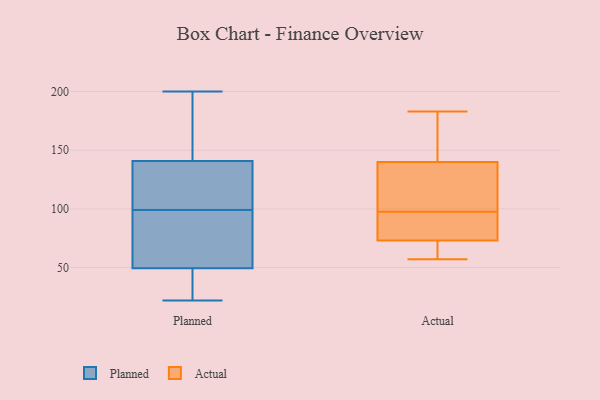
{"axis": {"x": "Page Views", "y": "Value"}, "legend": ["Actual", "Planned"], "data": [{"x": "", "y": 179, "type": "Planned"}, {"x": "", "y": 133, "type": "Planned"}, {"x": "", "y": 33, "type": "Planned"}, {"x": "", "y": 99, "type": "Planned"}, {"x": "", "y": 140, "type": "Planned"}, {"x": "", "y": 118, "type": "Planned"}, {"x": "", "y": 29, "type": "Planned"}, {"x": "", "y": 51, "type": "Planned"}, {"x": "", "y": 56, "type": "Planned"}, {"x": "", "y": 49, "type": "Planned"}, {"x": "", "y": 35, "type": "Planned"}, {"x": "", "y": 200, "type": "Planned"}, {"x": "", "y": 22, "type": "Planned"}, {"x": "", "y": 79, "type": "Planned"}, {"x": "", "y": 122, "type": "Planned"}, {"x": "", "y": 141, "type": "Planned"}, {"x": "", "y": 86, "type": "Planned"}, {"x": "", "y": 151, "type": "Planned"}, {"x": "", "y": 158, "type": "Planned"}, {"x": "", "y": 72, "type": "Actual"}, {"x": "", "y": 183, "type": "Actual"}, {"x": "", "y": 123, "type": "Actual"}, {"x": "", "y": 95, "type": "Actual"}, {"x": "", "y": 140, "type": "Actual"}, {"x": "", "y": 155, "type": "Actual"}, {"x": "", "y": 100, "type": "Actual"}, {"x": "", "y": 78, "type": "Actual"}, {"x": "", "y": 57, "type": "Actual"}, {"x": "", "y": 73, "type": "Actual"}]}